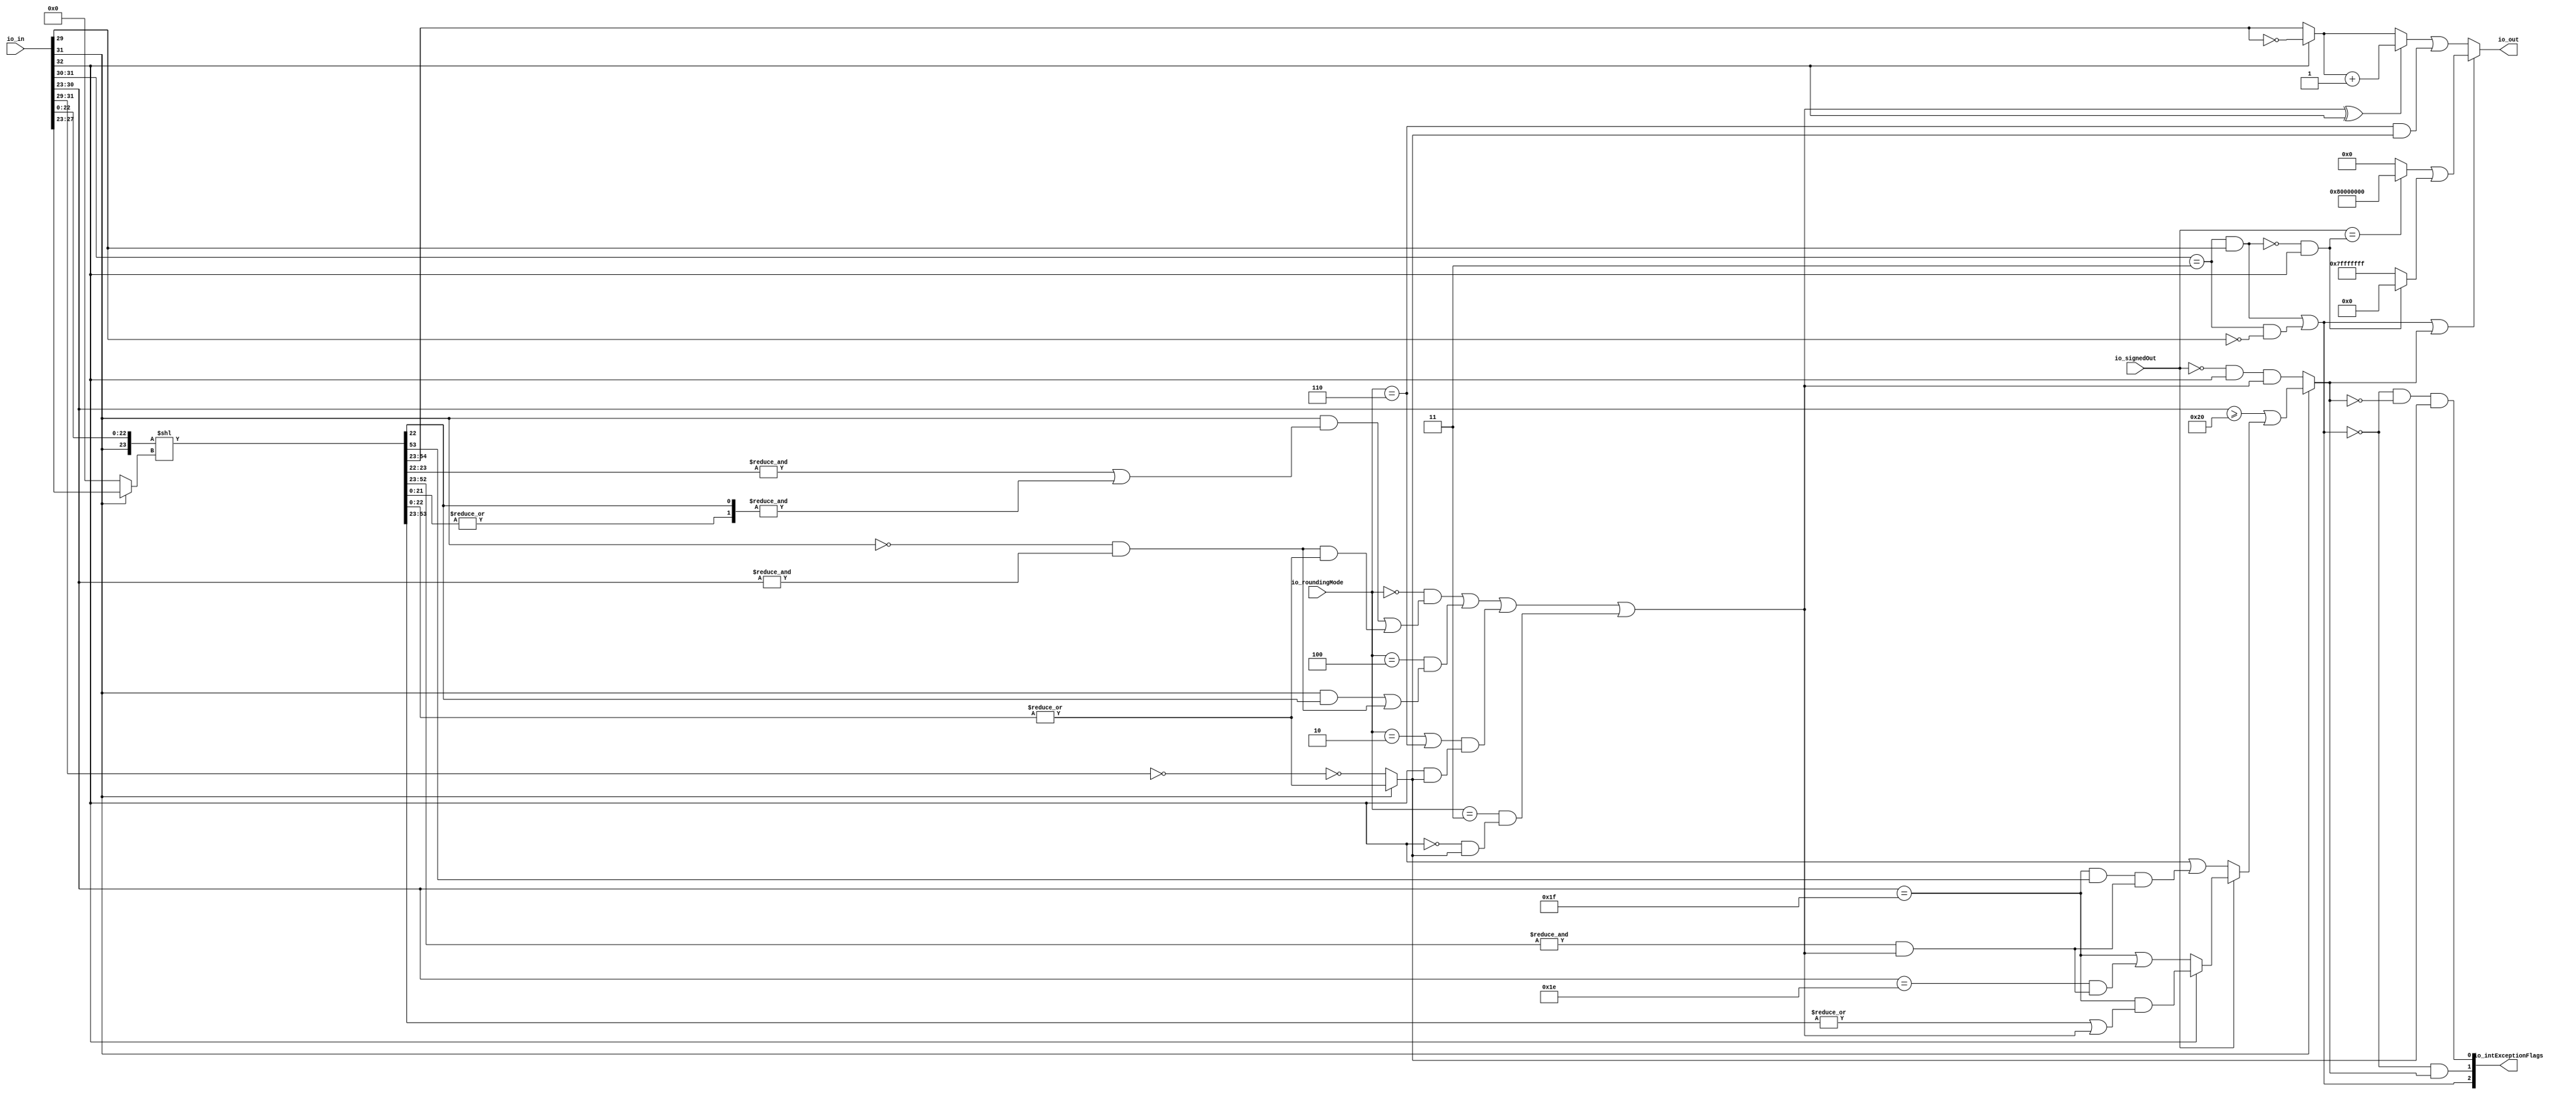
module RecFNToIN( // @[:freechips.rocketchip.system.DefaultRV32Config.fir@211878.2]
  input  [32:0] io_in, // @[:freechips.rocketchip.system.DefaultRV32Config.fir@211879.4]
  input  [2:0]  io_roundingMode, // @[:freechips.rocketchip.system.DefaultRV32Config.fir@211879.4]
  input         io_signedOut, // @[:freechips.rocketchip.system.DefaultRV32Config.fir@211879.4]
  output [31:0] io_out, // @[:freechips.rocketchip.system.DefaultRV32Config.fir@211879.4]
  output [2:0]  io_intExceptionFlags // @[:freechips.rocketchip.system.DefaultRV32Config.fir@211879.4]
);
  wire  rawIn_isZero; // @[rawFloatFromRecFN.scala 51:54:freechips.rocketchip.system.DefaultRV32Config.fir@211884.4]
  wire  _T_4; // @[rawFloatFromRecFN.scala 52:54:freechips.rocketchip.system.DefaultRV32Config.fir@211886.4]
  wire  rawIn_isNaN; // @[rawFloatFromRecFN.scala 55:33:freechips.rocketchip.system.DefaultRV32Config.fir@211890.4]
  wire  _T_8; // @[rawFloatFromRecFN.scala 56:36:freechips.rocketchip.system.DefaultRV32Config.fir@211893.4]
  wire  rawIn_isInf; // @[rawFloatFromRecFN.scala 56:33:freechips.rocketchip.system.DefaultRV32Config.fir@211894.4]
  wire  rawIn_sign; // @[rawFloatFromRecFN.scala 58:25:freechips.rocketchip.system.DefaultRV32Config.fir@211897.4]
  wire [9:0] rawIn_sExp; // @[rawFloatFromRecFN.scala 59:27:freechips.rocketchip.system.DefaultRV32Config.fir@211899.4]
  wire  _T_12; // @[rawFloatFromRecFN.scala 60:39:freechips.rocketchip.system.DefaultRV32Config.fir@211901.4]
  wire [24:0] rawIn_sig; // @[Cat.scala 29:58:freechips.rocketchip.system.DefaultRV32Config.fir@211904.4]
  wire  magGeOne; // @[RecFNToIN.scala 58:30:freechips.rocketchip.system.DefaultRV32Config.fir@211906.4]
  wire [7:0] posExp; // @[RecFNToIN.scala 59:28:freechips.rocketchip.system.DefaultRV32Config.fir@211907.4]
  wire  _T_16; // @[RecFNToIN.scala 60:27:freechips.rocketchip.system.DefaultRV32Config.fir@211908.4]
  wire  _T_17; // @[RecFNToIN.scala 60:47:freechips.rocketchip.system.DefaultRV32Config.fir@211909.4]
  wire  magJustBelowOne; // @[RecFNToIN.scala 60:37:freechips.rocketchip.system.DefaultRV32Config.fir@211910.4]
  wire  roundingMode_near_even; // @[RecFNToIN.scala 64:53:freechips.rocketchip.system.DefaultRV32Config.fir@211911.4]
  wire  roundingMode_min; // @[RecFNToIN.scala 66:53:freechips.rocketchip.system.DefaultRV32Config.fir@211913.4]
  wire  roundingMode_max; // @[RecFNToIN.scala 67:53:freechips.rocketchip.system.DefaultRV32Config.fir@211914.4]
  wire  roundingMode_near_maxMag; // @[RecFNToIN.scala 68:53:freechips.rocketchip.system.DefaultRV32Config.fir@211915.4]
  wire  roundingMode_odd; // @[RecFNToIN.scala 69:53:freechips.rocketchip.system.DefaultRV32Config.fir@211916.4]
  wire [23:0] _T_19; // @[Cat.scala 29:58:freechips.rocketchip.system.DefaultRV32Config.fir@211918.4]
  wire [4:0] _T_21; // @[RecFNToIN.scala 81:16:freechips.rocketchip.system.DefaultRV32Config.fir@211920.4]
  wire [54:0] _GEN_0; // @[RecFNToIN.scala 80:50:freechips.rocketchip.system.DefaultRV32Config.fir@211921.4]
  wire [54:0] shiftedSig; // @[RecFNToIN.scala 80:50:freechips.rocketchip.system.DefaultRV32Config.fir@211921.4]
  wire  _T_24; // @[RecFNToIN.scala 86:69:freechips.rocketchip.system.DefaultRV32Config.fir@211924.4]
  wire [33:0] alignedSig; // @[Cat.scala 29:58:freechips.rocketchip.system.DefaultRV32Config.fir@211925.4]
  wire [31:0] unroundedInt; // @[RecFNToIN.scala 87:54:freechips.rocketchip.system.DefaultRV32Config.fir@211926.4]
  wire  _T_27; // @[RecFNToIN.scala 89:57:freechips.rocketchip.system.DefaultRV32Config.fir@211929.4]
  wire  common_inexact; // @[RecFNToIN.scala 89:29:freechips.rocketchip.system.DefaultRV32Config.fir@211931.4]
  wire  _T_30; // @[RecFNToIN.scala 91:46:freechips.rocketchip.system.DefaultRV32Config.fir@211933.4]
  wire  _T_32; // @[RecFNToIN.scala 91:71:freechips.rocketchip.system.DefaultRV32Config.fir@211935.4]
  wire  _T_33; // @[RecFNToIN.scala 91:51:freechips.rocketchip.system.DefaultRV32Config.fir@211936.4]
  wire  _T_34; // @[RecFNToIN.scala 91:25:freechips.rocketchip.system.DefaultRV32Config.fir@211937.4]
  wire  _T_37; // @[RecFNToIN.scala 92:26:freechips.rocketchip.system.DefaultRV32Config.fir@211940.4]
  wire  roundIncr_near_even; // @[RecFNToIN.scala 91:78:freechips.rocketchip.system.DefaultRV32Config.fir@211941.4]
  wire  _T_39; // @[RecFNToIN.scala 93:43:freechips.rocketchip.system.DefaultRV32Config.fir@211943.4]
  wire  roundIncr_near_maxMag; // @[RecFNToIN.scala 93:61:freechips.rocketchip.system.DefaultRV32Config.fir@211944.4]
  wire  _T_40; // @[RecFNToIN.scala 95:35:freechips.rocketchip.system.DefaultRV32Config.fir@211945.4]
  wire  _T_41; // @[RecFNToIN.scala 96:35:freechips.rocketchip.system.DefaultRV32Config.fir@211946.4]
  wire  _T_42; // @[RecFNToIN.scala 95:61:freechips.rocketchip.system.DefaultRV32Config.fir@211947.4]
  wire  _T_43; // @[RecFNToIN.scala 97:28:freechips.rocketchip.system.DefaultRV32Config.fir@211948.4]
  wire  _T_44; // @[RecFNToIN.scala 98:26:freechips.rocketchip.system.DefaultRV32Config.fir@211949.4]
  wire  _T_45; // @[RecFNToIN.scala 97:49:freechips.rocketchip.system.DefaultRV32Config.fir@211950.4]
  wire  _T_46; // @[RecFNToIN.scala 96:61:freechips.rocketchip.system.DefaultRV32Config.fir@211951.4]
  wire  _T_47; // @[RecFNToIN.scala 99:31:freechips.rocketchip.system.DefaultRV32Config.fir@211952.4]
  wire  _T_48; // @[RecFNToIN.scala 99:43:freechips.rocketchip.system.DefaultRV32Config.fir@211953.4]
  wire  _T_49; // @[RecFNToIN.scala 99:27:freechips.rocketchip.system.DefaultRV32Config.fir@211954.4]
  wire  roundIncr; // @[RecFNToIN.scala 98:46:freechips.rocketchip.system.DefaultRV32Config.fir@211955.4]
  wire [31:0] _T_50; // @[RecFNToIN.scala 100:45:freechips.rocketchip.system.DefaultRV32Config.fir@211956.4]
  wire [31:0] complUnroundedInt; // @[RecFNToIN.scala 100:32:freechips.rocketchip.system.DefaultRV32Config.fir@211957.4]
  wire  _T_51; // @[RecFNToIN.scala 102:23:freechips.rocketchip.system.DefaultRV32Config.fir@211958.4]
  wire [31:0] _T_53; // @[RecFNToIN.scala 103:31:freechips.rocketchip.system.DefaultRV32Config.fir@211960.4]
  wire [31:0] _T_54; // @[RecFNToIN.scala 102:12:freechips.rocketchip.system.DefaultRV32Config.fir@211961.4]
  wire  _T_55; // @[RecFNToIN.scala 105:31:freechips.rocketchip.system.DefaultRV32Config.fir@211962.4]
  wire [31:0] _GEN_1; // @[RecFNToIN.scala 105:11:freechips.rocketchip.system.DefaultRV32Config.fir@211963.4]
  wire [31:0] roundedInt; // @[RecFNToIN.scala 105:11:freechips.rocketchip.system.DefaultRV32Config.fir@211963.4]
  wire  magGeOne_atOverflowEdge; // @[RecFNToIN.scala 107:43:freechips.rocketchip.system.DefaultRV32Config.fir@211964.4]
  wire  _T_57; // @[RecFNToIN.scala 110:56:freechips.rocketchip.system.DefaultRV32Config.fir@211966.4]
  wire  roundCarryBut2; // @[RecFNToIN.scala 110:61:freechips.rocketchip.system.DefaultRV32Config.fir@211967.4]
  wire  _T_58; // @[RecFNToIN.scala 113:21:freechips.rocketchip.system.DefaultRV32Config.fir@211968.4]
  wire  _T_60; // @[RecFNToIN.scala 117:60:freechips.rocketchip.system.DefaultRV32Config.fir@211970.4]
  wire  _T_61; // @[RecFNToIN.scala 117:64:freechips.rocketchip.system.DefaultRV32Config.fir@211971.4]
  wire  _T_62; // @[RecFNToIN.scala 116:49:freechips.rocketchip.system.DefaultRV32Config.fir@211972.4]
  wire  _T_63; // @[RecFNToIN.scala 119:38:freechips.rocketchip.system.DefaultRV32Config.fir@211973.4]
  wire  _T_64; // @[RecFNToIN.scala 119:62:freechips.rocketchip.system.DefaultRV32Config.fir@211974.4]
  wire  _T_65; // @[RecFNToIN.scala 118:49:freechips.rocketchip.system.DefaultRV32Config.fir@211975.4]
  wire  _T_66; // @[RecFNToIN.scala 115:24:freechips.rocketchip.system.DefaultRV32Config.fir@211976.4]
  wire  _T_68; // @[RecFNToIN.scala 122:50:freechips.rocketchip.system.DefaultRV32Config.fir@211978.4]
  wire  _T_69; // @[RecFNToIN.scala 123:57:freechips.rocketchip.system.DefaultRV32Config.fir@211979.4]
  wire  _T_70; // @[RecFNToIN.scala 121:32:freechips.rocketchip.system.DefaultRV32Config.fir@211980.4]
  wire  _T_71; // @[RecFNToIN.scala 114:20:freechips.rocketchip.system.DefaultRV32Config.fir@211981.4]
  wire  _T_72; // @[RecFNToIN.scala 113:40:freechips.rocketchip.system.DefaultRV32Config.fir@211982.4]
  wire  _T_73; // @[RecFNToIN.scala 125:13:freechips.rocketchip.system.DefaultRV32Config.fir@211983.4]
  wire  _T_74; // @[RecFNToIN.scala 125:27:freechips.rocketchip.system.DefaultRV32Config.fir@211984.4]
  wire  _T_75; // @[RecFNToIN.scala 125:41:freechips.rocketchip.system.DefaultRV32Config.fir@211985.4]
  wire  common_overflow; // @[RecFNToIN.scala 112:12:freechips.rocketchip.system.DefaultRV32Config.fir@211986.4]
  wire  invalidExc; // @[RecFNToIN.scala 130:34:freechips.rocketchip.system.DefaultRV32Config.fir@211987.4]
  wire  _T_76; // @[RecFNToIN.scala 131:20:freechips.rocketchip.system.DefaultRV32Config.fir@211988.4]
  wire  overflow; // @[RecFNToIN.scala 131:32:freechips.rocketchip.system.DefaultRV32Config.fir@211989.4]
  wire  _T_78; // @[RecFNToIN.scala 132:35:freechips.rocketchip.system.DefaultRV32Config.fir@211991.4]
  wire  _T_79; // @[RecFNToIN.scala 132:32:freechips.rocketchip.system.DefaultRV32Config.fir@211992.4]
  wire  inexact; // @[RecFNToIN.scala 132:52:freechips.rocketchip.system.DefaultRV32Config.fir@211993.4]
  wire  _T_80; // @[RecFNToIN.scala 134:19:freechips.rocketchip.system.DefaultRV32Config.fir@211994.4]
  wire  excSign; // @[RecFNToIN.scala 134:32:freechips.rocketchip.system.DefaultRV32Config.fir@211995.4]
  wire  _T_81; // @[RecFNToIN.scala 136:27:freechips.rocketchip.system.DefaultRV32Config.fir@211996.4]
  wire [31:0] _T_82; // @[RecFNToIN.scala 136:12:freechips.rocketchip.system.DefaultRV32Config.fir@211997.4]
  wire  _T_83; // @[RecFNToIN.scala 140:13:freechips.rocketchip.system.DefaultRV32Config.fir@211998.4]
  wire [30:0] _T_84; // @[RecFNToIN.scala 140:12:freechips.rocketchip.system.DefaultRV32Config.fir@211999.4]
  wire [31:0] _GEN_2; // @[RecFNToIN.scala 139:11:freechips.rocketchip.system.DefaultRV32Config.fir@212000.4]
  wire [31:0] excOut; // @[RecFNToIN.scala 139:11:freechips.rocketchip.system.DefaultRV32Config.fir@212000.4]
  wire  _T_85; // @[RecFNToIN.scala 142:30:freechips.rocketchip.system.DefaultRV32Config.fir@212001.4]
  wire [1:0] _T_87; // @[Cat.scala 29:58:freechips.rocketchip.system.DefaultRV32Config.fir@212004.4]
  assign rawIn_isZero = io_in[31:29] == 3'h0; // @[rawFloatFromRecFN.scala 51:54:freechips.rocketchip.system.DefaultRV32Config.fir@211884.4]
  assign _T_4 = io_in[31:30] == 2'h3; // @[rawFloatFromRecFN.scala 52:54:freechips.rocketchip.system.DefaultRV32Config.fir@211886.4]
  assign rawIn_isNaN = _T_4 & io_in[29]; // @[rawFloatFromRecFN.scala 55:33:freechips.rocketchip.system.DefaultRV32Config.fir@211890.4]
  assign _T_8 = ~io_in[29]; // @[rawFloatFromRecFN.scala 56:36:freechips.rocketchip.system.DefaultRV32Config.fir@211893.4]
  assign rawIn_isInf = _T_4 & _T_8; // @[rawFloatFromRecFN.scala 56:33:freechips.rocketchip.system.DefaultRV32Config.fir@211894.4]
  assign rawIn_sign = io_in[32]; // @[rawFloatFromRecFN.scala 58:25:freechips.rocketchip.system.DefaultRV32Config.fir@211897.4]
  assign rawIn_sExp = {1'b0,$signed(io_in[31:23])}; // @[rawFloatFromRecFN.scala 59:27:freechips.rocketchip.system.DefaultRV32Config.fir@211899.4]
  assign _T_12 = ~rawIn_isZero; // @[rawFloatFromRecFN.scala 60:39:freechips.rocketchip.system.DefaultRV32Config.fir@211901.4]
  assign rawIn_sig = {1'h0,_T_12,io_in[22:0]}; // @[Cat.scala 29:58:freechips.rocketchip.system.DefaultRV32Config.fir@211904.4]
  assign magGeOne = rawIn_sExp[8]; // @[RecFNToIN.scala 58:30:freechips.rocketchip.system.DefaultRV32Config.fir@211906.4]
  assign posExp = rawIn_sExp[7:0]; // @[RecFNToIN.scala 59:28:freechips.rocketchip.system.DefaultRV32Config.fir@211907.4]
  assign _T_16 = ~magGeOne; // @[RecFNToIN.scala 60:27:freechips.rocketchip.system.DefaultRV32Config.fir@211908.4]
  assign _T_17 = &posExp; // @[RecFNToIN.scala 60:47:freechips.rocketchip.system.DefaultRV32Config.fir@211909.4]
  assign magJustBelowOne = _T_16 & _T_17; // @[RecFNToIN.scala 60:37:freechips.rocketchip.system.DefaultRV32Config.fir@211910.4]
  assign roundingMode_near_even = io_roundingMode == 3'h0; // @[RecFNToIN.scala 64:53:freechips.rocketchip.system.DefaultRV32Config.fir@211911.4]
  assign roundingMode_min = io_roundingMode == 3'h2; // @[RecFNToIN.scala 66:53:freechips.rocketchip.system.DefaultRV32Config.fir@211913.4]
  assign roundingMode_max = io_roundingMode == 3'h3; // @[RecFNToIN.scala 67:53:freechips.rocketchip.system.DefaultRV32Config.fir@211914.4]
  assign roundingMode_near_maxMag = io_roundingMode == 3'h4; // @[RecFNToIN.scala 68:53:freechips.rocketchip.system.DefaultRV32Config.fir@211915.4]
  assign roundingMode_odd = io_roundingMode == 3'h6; // @[RecFNToIN.scala 69:53:freechips.rocketchip.system.DefaultRV32Config.fir@211916.4]
  assign _T_19 = {magGeOne,rawIn_sig[22:0]}; // @[Cat.scala 29:58:freechips.rocketchip.system.DefaultRV32Config.fir@211918.4]
  assign _T_21 = magGeOne ? rawIn_sExp[4:0] : 5'h0; // @[RecFNToIN.scala 81:16:freechips.rocketchip.system.DefaultRV32Config.fir@211920.4]
  assign _GEN_0 = {{31'd0}, _T_19}; // @[RecFNToIN.scala 80:50:freechips.rocketchip.system.DefaultRV32Config.fir@211921.4]
  assign shiftedSig = _GEN_0 << _T_21; // @[RecFNToIN.scala 80:50:freechips.rocketchip.system.DefaultRV32Config.fir@211921.4]
  assign _T_24 = |shiftedSig[21:0]; // @[RecFNToIN.scala 86:69:freechips.rocketchip.system.DefaultRV32Config.fir@211924.4]
  assign alignedSig = {shiftedSig[54:22],_T_24}; // @[Cat.scala 29:58:freechips.rocketchip.system.DefaultRV32Config.fir@211925.4]
  assign unroundedInt = alignedSig[33:2]; // @[RecFNToIN.scala 87:54:freechips.rocketchip.system.DefaultRV32Config.fir@211926.4]
  assign _T_27 = |alignedSig[1:0]; // @[RecFNToIN.scala 89:57:freechips.rocketchip.system.DefaultRV32Config.fir@211929.4]
  assign common_inexact = magGeOne ? _T_27 : _T_12; // @[RecFNToIN.scala 89:29:freechips.rocketchip.system.DefaultRV32Config.fir@211931.4]
  assign _T_30 = &alignedSig[2:1]; // @[RecFNToIN.scala 91:46:freechips.rocketchip.system.DefaultRV32Config.fir@211933.4]
  assign _T_32 = &alignedSig[1:0]; // @[RecFNToIN.scala 91:71:freechips.rocketchip.system.DefaultRV32Config.fir@211935.4]
  assign _T_33 = _T_30 | _T_32; // @[RecFNToIN.scala 91:51:freechips.rocketchip.system.DefaultRV32Config.fir@211936.4]
  assign _T_34 = magGeOne & _T_33; // @[RecFNToIN.scala 91:25:freechips.rocketchip.system.DefaultRV32Config.fir@211937.4]
  assign _T_37 = magJustBelowOne & _T_27; // @[RecFNToIN.scala 92:26:freechips.rocketchip.system.DefaultRV32Config.fir@211940.4]
  assign roundIncr_near_even = _T_34 | _T_37; // @[RecFNToIN.scala 91:78:freechips.rocketchip.system.DefaultRV32Config.fir@211941.4]
  assign _T_39 = magGeOne & alignedSig[1]; // @[RecFNToIN.scala 93:43:freechips.rocketchip.system.DefaultRV32Config.fir@211943.4]
  assign roundIncr_near_maxMag = _T_39 | magJustBelowOne; // @[RecFNToIN.scala 93:61:freechips.rocketchip.system.DefaultRV32Config.fir@211944.4]
  assign _T_40 = roundingMode_near_even & roundIncr_near_even; // @[RecFNToIN.scala 95:35:freechips.rocketchip.system.DefaultRV32Config.fir@211945.4]
  assign _T_41 = roundingMode_near_maxMag & roundIncr_near_maxMag; // @[RecFNToIN.scala 96:35:freechips.rocketchip.system.DefaultRV32Config.fir@211946.4]
  assign _T_42 = _T_40 | _T_41; // @[RecFNToIN.scala 95:61:freechips.rocketchip.system.DefaultRV32Config.fir@211947.4]
  assign _T_43 = roundingMode_min | roundingMode_odd; // @[RecFNToIN.scala 97:28:freechips.rocketchip.system.DefaultRV32Config.fir@211948.4]
  assign _T_44 = rawIn_sign & common_inexact; // @[RecFNToIN.scala 98:26:freechips.rocketchip.system.DefaultRV32Config.fir@211949.4]
  assign _T_45 = _T_43 & _T_44; // @[RecFNToIN.scala 97:49:freechips.rocketchip.system.DefaultRV32Config.fir@211950.4]
  assign _T_46 = _T_42 | _T_45; // @[RecFNToIN.scala 96:61:freechips.rocketchip.system.DefaultRV32Config.fir@211951.4]
  assign _T_47 = ~rawIn_sign; // @[RecFNToIN.scala 99:31:freechips.rocketchip.system.DefaultRV32Config.fir@211952.4]
  assign _T_48 = _T_47 & common_inexact; // @[RecFNToIN.scala 99:43:freechips.rocketchip.system.DefaultRV32Config.fir@211953.4]
  assign _T_49 = roundingMode_max & _T_48; // @[RecFNToIN.scala 99:27:freechips.rocketchip.system.DefaultRV32Config.fir@211954.4]
  assign roundIncr = _T_46 | _T_49; // @[RecFNToIN.scala 98:46:freechips.rocketchip.system.DefaultRV32Config.fir@211955.4]
  assign _T_50 = ~unroundedInt; // @[RecFNToIN.scala 100:45:freechips.rocketchip.system.DefaultRV32Config.fir@211956.4]
  assign complUnroundedInt = rawIn_sign ? _T_50 : unroundedInt; // @[RecFNToIN.scala 100:32:freechips.rocketchip.system.DefaultRV32Config.fir@211957.4]
  assign _T_51 = roundIncr ^ rawIn_sign; // @[RecFNToIN.scala 102:23:freechips.rocketchip.system.DefaultRV32Config.fir@211958.4]
  assign _T_53 = complUnroundedInt + 32'h1; // @[RecFNToIN.scala 103:31:freechips.rocketchip.system.DefaultRV32Config.fir@211960.4]
  assign _T_54 = _T_51 ? _T_53 : complUnroundedInt; // @[RecFNToIN.scala 102:12:freechips.rocketchip.system.DefaultRV32Config.fir@211961.4]
  assign _T_55 = roundingMode_odd & common_inexact; // @[RecFNToIN.scala 105:31:freechips.rocketchip.system.DefaultRV32Config.fir@211962.4]
  assign _GEN_1 = {{31'd0}, _T_55}; // @[RecFNToIN.scala 105:11:freechips.rocketchip.system.DefaultRV32Config.fir@211963.4]
  assign roundedInt = _T_54 | _GEN_1; // @[RecFNToIN.scala 105:11:freechips.rocketchip.system.DefaultRV32Config.fir@211963.4]
  assign magGeOne_atOverflowEdge = posExp == 8'h1f; // @[RecFNToIN.scala 107:43:freechips.rocketchip.system.DefaultRV32Config.fir@211964.4]
  assign _T_57 = &unroundedInt[29:0]; // @[RecFNToIN.scala 110:56:freechips.rocketchip.system.DefaultRV32Config.fir@211966.4]
  assign roundCarryBut2 = _T_57 & roundIncr; // @[RecFNToIN.scala 110:61:freechips.rocketchip.system.DefaultRV32Config.fir@211967.4]
  assign _T_58 = posExp >= 8'h20; // @[RecFNToIN.scala 113:21:freechips.rocketchip.system.DefaultRV32Config.fir@211968.4]
  assign _T_60 = |unroundedInt[30:0]; // @[RecFNToIN.scala 117:60:freechips.rocketchip.system.DefaultRV32Config.fir@211970.4]
  assign _T_61 = _T_60 | roundIncr; // @[RecFNToIN.scala 117:64:freechips.rocketchip.system.DefaultRV32Config.fir@211971.4]
  assign _T_62 = magGeOne_atOverflowEdge & _T_61; // @[RecFNToIN.scala 116:49:freechips.rocketchip.system.DefaultRV32Config.fir@211972.4]
  assign _T_63 = posExp == 8'h1e; // @[RecFNToIN.scala 119:38:freechips.rocketchip.system.DefaultRV32Config.fir@211973.4]
  assign _T_64 = _T_63 & roundCarryBut2; // @[RecFNToIN.scala 119:62:freechips.rocketchip.system.DefaultRV32Config.fir@211974.4]
  assign _T_65 = magGeOne_atOverflowEdge | _T_64; // @[RecFNToIN.scala 118:49:freechips.rocketchip.system.DefaultRV32Config.fir@211975.4]
  assign _T_66 = rawIn_sign ? _T_62 : _T_65; // @[RecFNToIN.scala 115:24:freechips.rocketchip.system.DefaultRV32Config.fir@211976.4]
  assign _T_68 = magGeOne_atOverflowEdge & unroundedInt[30]; // @[RecFNToIN.scala 122:50:freechips.rocketchip.system.DefaultRV32Config.fir@211978.4]
  assign _T_69 = _T_68 & roundCarryBut2; // @[RecFNToIN.scala 123:57:freechips.rocketchip.system.DefaultRV32Config.fir@211979.4]
  assign _T_70 = rawIn_sign | _T_69; // @[RecFNToIN.scala 121:32:freechips.rocketchip.system.DefaultRV32Config.fir@211980.4]
  assign _T_71 = io_signedOut ? _T_66 : _T_70; // @[RecFNToIN.scala 114:20:freechips.rocketchip.system.DefaultRV32Config.fir@211981.4]
  assign _T_72 = _T_58 | _T_71; // @[RecFNToIN.scala 113:40:freechips.rocketchip.system.DefaultRV32Config.fir@211982.4]
  assign _T_73 = ~io_signedOut; // @[RecFNToIN.scala 125:13:freechips.rocketchip.system.DefaultRV32Config.fir@211983.4]
  assign _T_74 = _T_73 & rawIn_sign; // @[RecFNToIN.scala 125:27:freechips.rocketchip.system.DefaultRV32Config.fir@211984.4]
  assign _T_75 = _T_74 & roundIncr; // @[RecFNToIN.scala 125:41:freechips.rocketchip.system.DefaultRV32Config.fir@211985.4]
  assign common_overflow = magGeOne ? _T_72 : _T_75; // @[RecFNToIN.scala 112:12:freechips.rocketchip.system.DefaultRV32Config.fir@211986.4]
  assign invalidExc = rawIn_isNaN | rawIn_isInf; // @[RecFNToIN.scala 130:34:freechips.rocketchip.system.DefaultRV32Config.fir@211987.4]
  assign _T_76 = ~invalidExc; // @[RecFNToIN.scala 131:20:freechips.rocketchip.system.DefaultRV32Config.fir@211988.4]
  assign overflow = _T_76 & common_overflow; // @[RecFNToIN.scala 131:32:freechips.rocketchip.system.DefaultRV32Config.fir@211989.4]
  assign _T_78 = ~common_overflow; // @[RecFNToIN.scala 132:35:freechips.rocketchip.system.DefaultRV32Config.fir@211991.4]
  assign _T_79 = _T_76 & _T_78; // @[RecFNToIN.scala 132:32:freechips.rocketchip.system.DefaultRV32Config.fir@211992.4]
  assign inexact = _T_79 & common_inexact; // @[RecFNToIN.scala 132:52:freechips.rocketchip.system.DefaultRV32Config.fir@211993.4]
  assign _T_80 = ~rawIn_isNaN; // @[RecFNToIN.scala 134:19:freechips.rocketchip.system.DefaultRV32Config.fir@211994.4]
  assign excSign = _T_80 & rawIn_sign; // @[RecFNToIN.scala 134:32:freechips.rocketchip.system.DefaultRV32Config.fir@211995.4]
  assign _T_81 = io_signedOut == excSign; // @[RecFNToIN.scala 136:27:freechips.rocketchip.system.DefaultRV32Config.fir@211996.4]
  assign _T_82 = _T_81 ? 32'h80000000 : 32'h0; // @[RecFNToIN.scala 136:12:freechips.rocketchip.system.DefaultRV32Config.fir@211997.4]
  assign _T_83 = ~excSign; // @[RecFNToIN.scala 140:13:freechips.rocketchip.system.DefaultRV32Config.fir@211998.4]
  assign _T_84 = _T_83 ? 31'h7fffffff : 31'h0; // @[RecFNToIN.scala 140:12:freechips.rocketchip.system.DefaultRV32Config.fir@211999.4]
  assign _GEN_2 = {{1'd0}, _T_84}; // @[RecFNToIN.scala 139:11:freechips.rocketchip.system.DefaultRV32Config.fir@212000.4]
  assign excOut = _T_82 | _GEN_2; // @[RecFNToIN.scala 139:11:freechips.rocketchip.system.DefaultRV32Config.fir@212000.4]
  assign _T_85 = invalidExc | common_overflow; // @[RecFNToIN.scala 142:30:freechips.rocketchip.system.DefaultRV32Config.fir@212001.4]
  assign _T_87 = {invalidExc,overflow}; // @[Cat.scala 29:58:freechips.rocketchip.system.DefaultRV32Config.fir@212004.4]
  assign io_out = _T_85 ? excOut : roundedInt; // @[RecFNToIN.scala 142:12:freechips.rocketchip.system.DefaultRV32Config.fir@212003.4]
  assign io_intExceptionFlags = {_T_87,inexact}; // @[RecFNToIN.scala 143:26:freechips.rocketchip.system.DefaultRV32Config.fir@212006.4]
endmodule